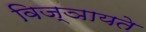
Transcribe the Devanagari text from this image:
विज्ञायते